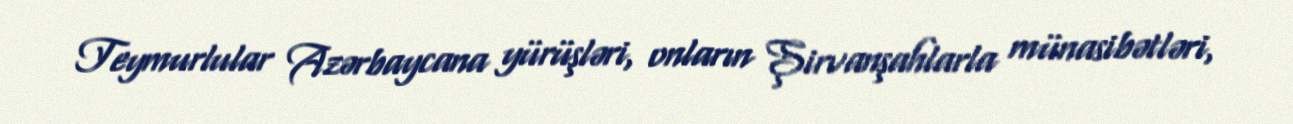
Teymurlular Azərbaycana yürüşləri, onların Şirvanşahlarla münasibətləri,